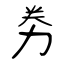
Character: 劵